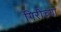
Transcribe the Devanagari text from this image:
गिरीच्या